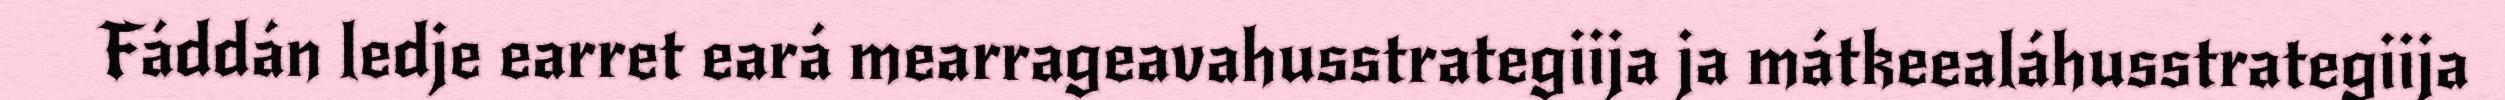
Fáddán ledje earret eará mearrageavahusstrategiija ja mátkeealáhusstrategiija